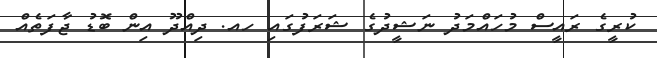
ކުރީގެ ރައީސް މުހައްމަދު ނަޝީދުގެ ޝަރަފުގައި ހއ. ދިއްދޫ އިން ބޮޑު ޖާފަތެއް